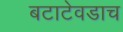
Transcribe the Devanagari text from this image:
बटाटेवडाच